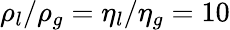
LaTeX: \rho_{l}/\rho_{g}=\eta_{l}/\eta_{g}=10